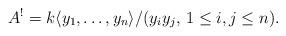
LaTeX: \begin{gather*}A^{!}=k\langle y_1,\ldots,y_n\rangle /(y_iy_j, \, 1 \le i,j \le n).\end{gather*}